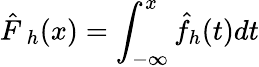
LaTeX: {\hat{F\, }}_{h}(x)=\int_{-\infty}^{x}{\hat{f}}_{h}(t)dt